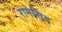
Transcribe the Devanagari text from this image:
रामेसिद